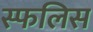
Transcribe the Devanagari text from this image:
स्फलिस